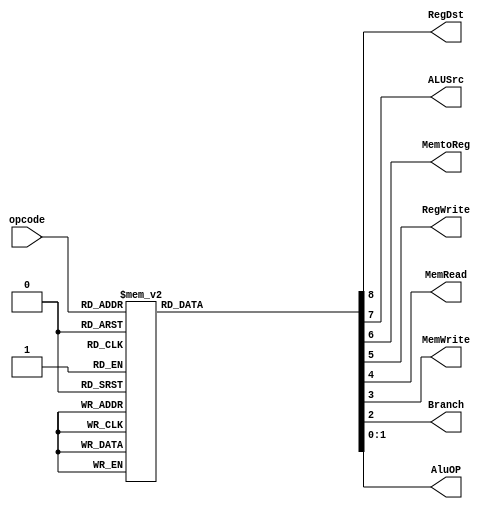
module control(opcode, RegDst, ALUSrc, MemtoReg, RegWrite, MemRead, MemWrite, Branch, AluOP);

input [5:0] opcode;

output reg RegDst;
output reg ALUSrc;
output reg MemtoReg;
output reg RegWrite;
output reg MemRead;
output reg MemWrite;
output reg Branch;

output reg [1:0] AluOP;



always @(opcode) begin
case (opcode)

6'b000000:{RegDst, ALUSrc, MemtoReg, RegWrite, MemRead, MemWrite, Branch, AluOP}=9'b100100_0_10; //r
6'b100011:{RegDst, ALUSrc, MemtoReg, RegWrite, MemRead, MemWrite, Branch, AluOP}=9'b011110_0_00; //lw
6'b101011:{RegDst, ALUSrc, MemtoReg, RegWrite, MemRead, MemWrite, Branch, AluOP}=9'bx1x001_0_00; //sw
6'b000100:{RegDst, ALUSrc, MemtoReg, RegWrite, MemRead, MemWrite, Branch, AluOP}=9'bx0x000_1_01; //beq

6'b001100:{RegDst, ALUSrc, MemtoReg, RegWrite, MemRead, MemWrite, Branch, AluOP}=9'b010100_0_10; //andi
6'b001101:{RegDst, ALUSrc, MemtoReg, RegWrite, MemRead, MemWrite, Branch, AluOP}=9'b010100_0_11; //ori
6'b001110:{RegDst, ALUSrc, MemtoReg, RegWrite, MemRead, MemWrite, Branch, AluOP}=9'b010100_0_00; //xori
6'b001000:{RegDst, ALUSrc, MemtoReg, RegWrite, MemRead, MemWrite, Branch, AluOP}=9'b010100_0_00; //addi
6'b001010:{RegDst, ALUSrc, MemtoReg, RegWrite, MemRead, MemWrite, Branch, AluOP}=9'b010100_0_01; //slti
6'b000101:{RegDst, ALUSrc, MemtoReg, RegWrite, MemRead, MemWrite, Branch, AluOP}=9'b000000_1_01; //bne
6'b000110:{RegDst, ALUSrc, MemtoReg, RegWrite, MemRead, MemWrite, Branch, AluOP}=9'bx0x000_0_01; //blez
6'b000111:{RegDst, ALUSrc, MemtoReg, RegWrite, MemRead, MemWrite, Branch, AluOP}=9'bx0x0x0_0_01; //bgtz
6'b001111:{RegDst, ALUSrc, MemtoReg, RegWrite, MemRead, MemWrite, Branch, AluOP}=9'b0101x0_0_00; //lui

6'b000010:{RegDst, ALUSrc, MemtoReg, RegWrite, MemRead, MemWrite, Branch, AluOP}=9'bxxx_000_x_xx; //j
default: {RegDst,ALUSrc,MemtoReg,RegWrite,MemRead,MemWrite,Branch,AluOP}=9'bxxx_xxx_x_xx;

endcase

end

endmodule